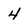
Character: 4